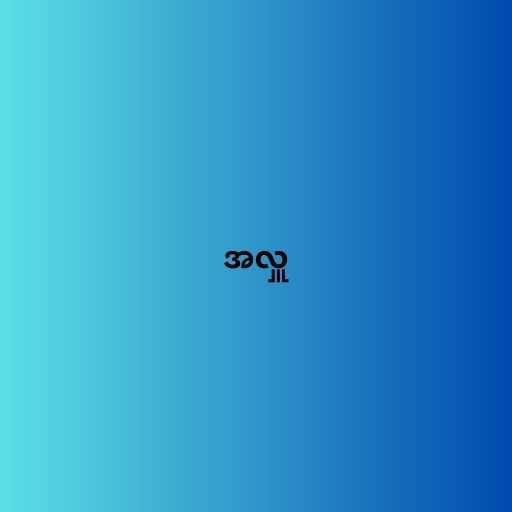
အလှူ